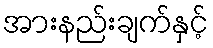
အားနည်းချက်နှင့်